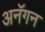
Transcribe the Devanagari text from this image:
अनॅगन